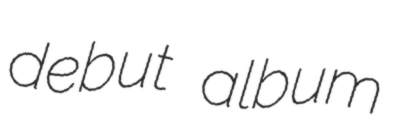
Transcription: debut album